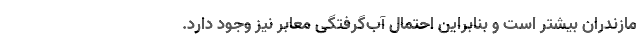
مازندران بیشتر است و بنابراین احتمال آب‌گرفتگی معابر نیز وجود دارد.